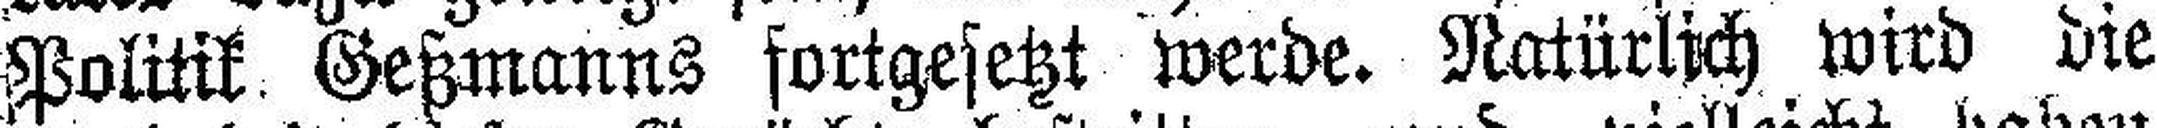
Politik Geßmanns fortgesetzt werde. Natürlich wird die